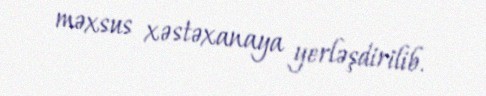
məxsus xəstəxanaya yerləşdirilib.